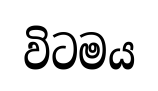
විටමය